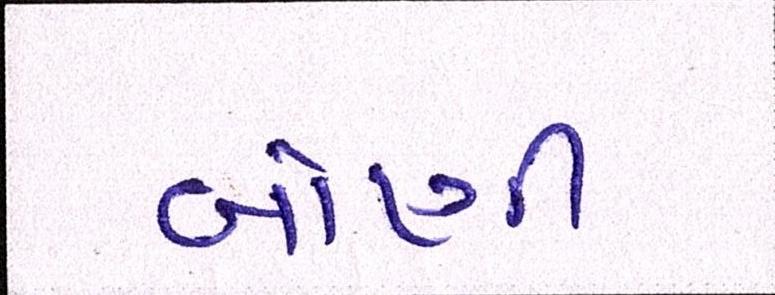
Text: બોણી